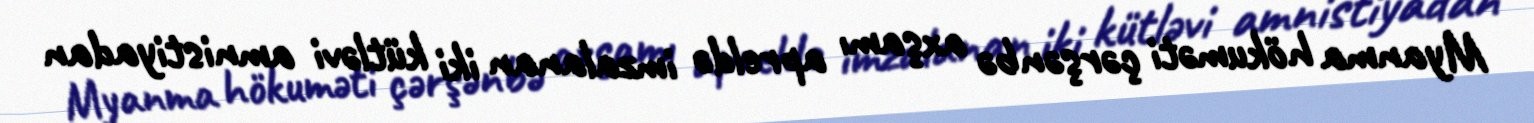
Myanma hökuməti çərşənbə axşamı apreldə imzalanan iki kütləvi amnistiyadan